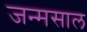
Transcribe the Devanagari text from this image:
जन्मसाल